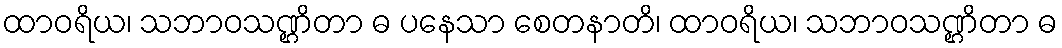
ထာဝရိယ၊ သဘာဝသဏ္ဌိတာ ဓ ပနေသာ စေတနာတိ၊ ထာဝရိယ၊ သဘာဝသဏ္ဌိတာ ဓ